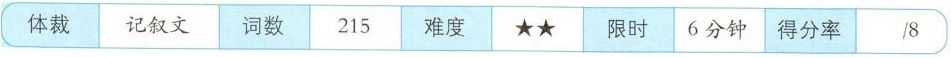
体裁记叙文词数215难度限时6分钟得分率/8